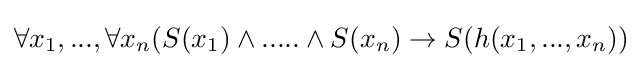
\forall x_{1},...,\forall x_{n}(S(x_{1})\land .....\land S(x_{n})\rightarrow S(h(x_{1},...,x_{n}))